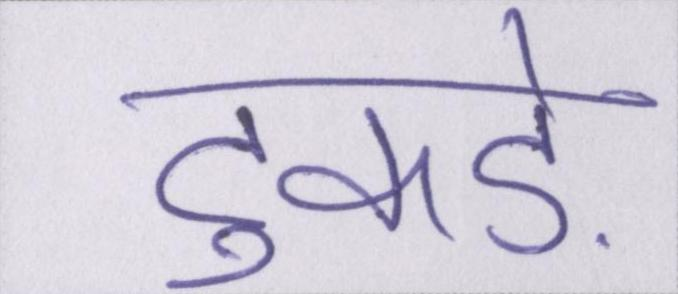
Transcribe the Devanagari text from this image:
टुकड़े